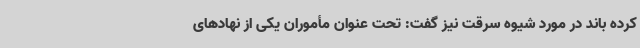
کرده باند در مورد شیوه سرقت نیز گفت: تحت عنوان مأموران یکی از نهادهای